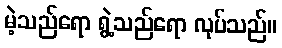
မဲ့သည်ရော ရွဲ့သည်ရော လုပ်သည်။